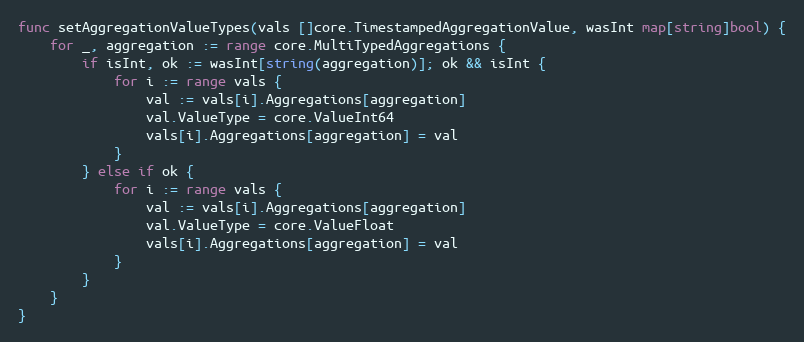
Language: Go
func setAggregationValueTypes(vals []core.TimestampedAggregationValue, wasInt map[string]bool) {
	for _, aggregation := range core.MultiTypedAggregations {
		if isInt, ok := wasInt[string(aggregation)]; ok && isInt {
			for i := range vals {
				val := vals[i].Aggregations[aggregation]
				val.ValueType = core.ValueInt64
				vals[i].Aggregations[aggregation] = val
			}
		} else if ok {
			for i := range vals {
				val := vals[i].Aggregations[aggregation]
				val.ValueType = core.ValueFloat
				vals[i].Aggregations[aggregation] = val
			}
		}
	}
}